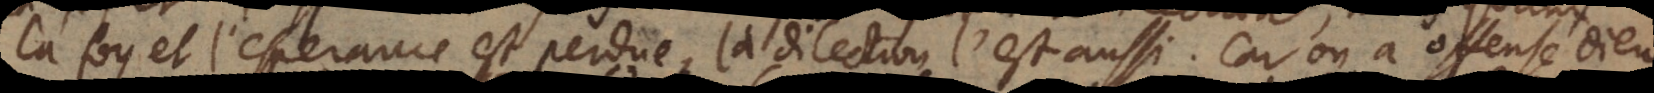
et quand l’esperance est perdue, la dilection l’est aussi. Car on a offensé Dieu